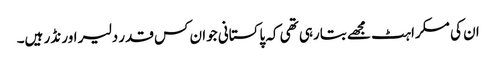
ان کی مسکراہٹ مجھے بتارہی تھی کہ پاکستانی جوان کس قدر دلیر اور نڈر ہیں۔